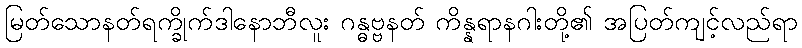
မြတ်သောနတ်ရက္ခိုက်ဒါနောဘီလူး ဂန္ဓဗ္ဗနတ် ကိန္နရာနဂါးတို့၏ အပြတ်ကျင့်လည်ရာ